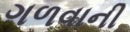
ગળવાની